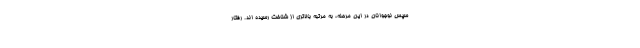
سپس نوجوانان در این مرحله، به مرتبه بالاتری از شناخت رسیده اند. رفتار